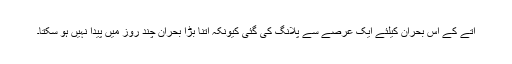
آتے کے اس بحران کیلئے ایک عرصے سے پلانگ کی گئی کیونکہ اتنا بڑا بحران چند روز میں پیدا نہیں ہو سکتا۔